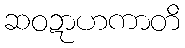
ဆဝဍာဟကာတိ